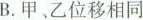
B.甲、乙位移相同